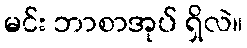
မင်း ဘာစာအုပ် ရှိလဲ။